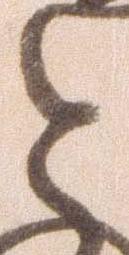
と